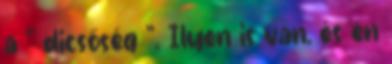
a " dicsőség ". Ilyen is van, és én